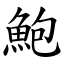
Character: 鮑